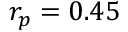
r _ { p } = 0 . 4 5